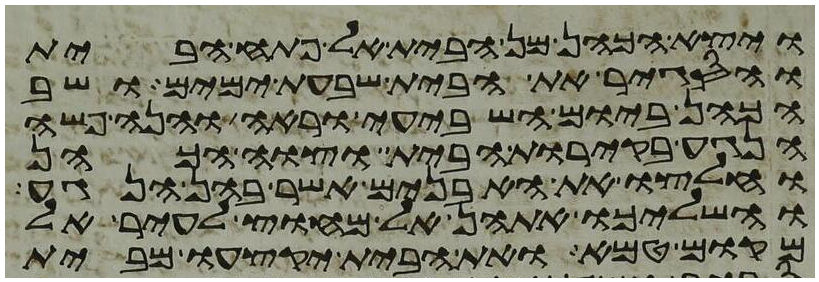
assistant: ויצא הכהן מן הבית אל פתח הבית
והסגיר את הבית שבעת ימים ושב
הכהן ביום השביעי וראה והנה פשה
הנגע בקירות הבית וצוה הכהן
וחלצו את האבנים אשר בהן הנגע
והשליכו אתהן אל מחוץ לעיר אל
מקום טמא ואת הבית יקצעו מבית